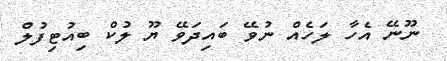
ނޫނޭ އެހާ ލަހެއް ނުވޭ ބައިދަވޭ ޔޫ ލުކް ބިއުޓިފުލް